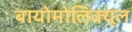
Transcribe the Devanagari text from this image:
बायोमोलिक्यूल